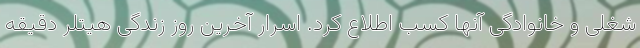
شغلی و خانوادگی آنها کسب اطلاع کرد. اسرار آخرین روز زندگی هیتلر دقیقه